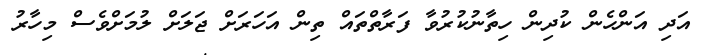
އަދި އަންހެން ކުދިން ހިތާނުކުރުވާ ފަރާތްތައް ތިން އަހަރަށް ޖަލަށް ލުމަށްވެސް މިހާރު